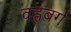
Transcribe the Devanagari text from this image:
वह्लबर्ग